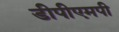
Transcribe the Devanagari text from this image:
डीपीएमपी